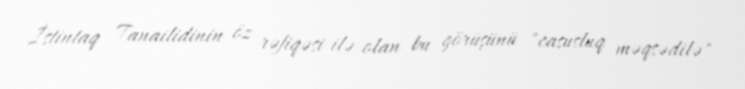
İstintaq Tanailidinin öz rəfiqəsi ilə olan bu görüşünü "casusluq məqsədilə"